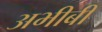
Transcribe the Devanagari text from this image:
अभीबी